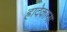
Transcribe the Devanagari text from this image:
ह्रादेकाना